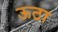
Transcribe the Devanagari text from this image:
ऊठा